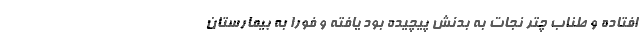
افتاده و طناب چتر نجات به بدنش پیچیده بود یافته و فورا به بیمارستان